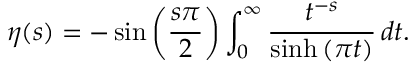
\eta ( s ) = - \sin \left( { \frac { s \pi } { 2 } } \right) \int _ { 0 } ^ { \infty } { \frac { t ^ { - s } } { \sinh { ( \pi t ) } } } \, d t .